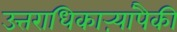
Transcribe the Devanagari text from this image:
उत्तराधिकाऱ्यांपैकी